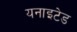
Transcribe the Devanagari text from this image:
यनाइटेड